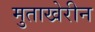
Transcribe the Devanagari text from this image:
मुताखेरीन